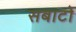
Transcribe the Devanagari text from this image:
सबाटो